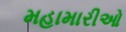
મહામારીઓ